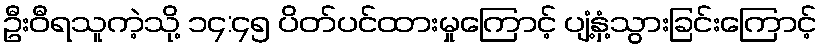
ဦးဝီရသူကဲ့သို့ ၁၄:၄၅ ပိတ်ပင်ထားမှုကြောင့် ပျံ့နှံ့သွားခြင်းကြောင့်